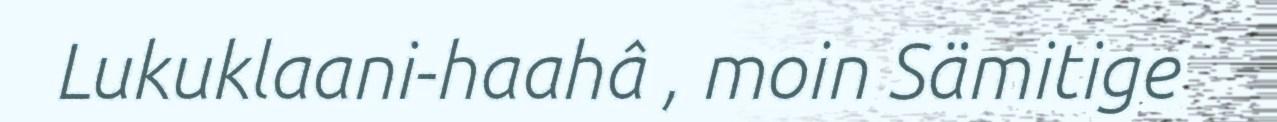
Lukuklaani-haahâ , moin Sämitige